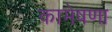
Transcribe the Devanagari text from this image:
कामेषणा